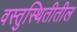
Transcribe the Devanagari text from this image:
वस्तुस्थितीतील